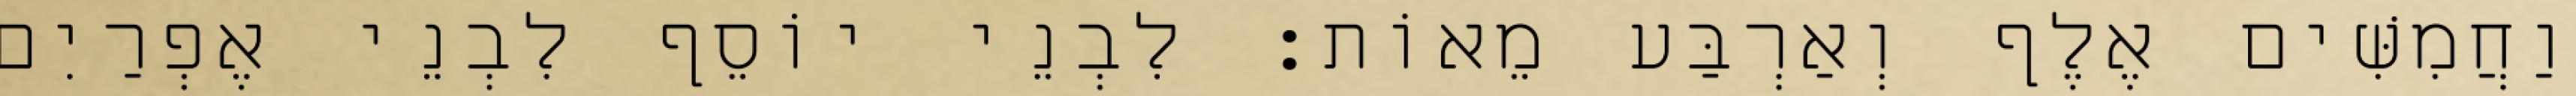
וַחֲמִשִּׁים אֶלֶף וְאַרְבַּע מֵאוֹת׃ לִבְנֵי יוֹסֵף לִבְנֵי אֶפְרַיִם